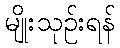
မျိုးသုဉ်းရန်